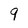
Character: 9